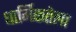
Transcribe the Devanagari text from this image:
धार्मिकतेला